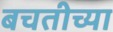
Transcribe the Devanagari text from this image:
बचतीच्या